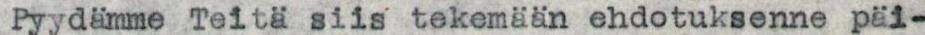
Pyydämme Teitä siis tekemään ehdotuksenne päi-